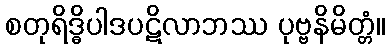
စတုရိဒ္ဓိပါဒပဋိလာဘဿ ပုဗ္ဗနိမိတ္တံ။